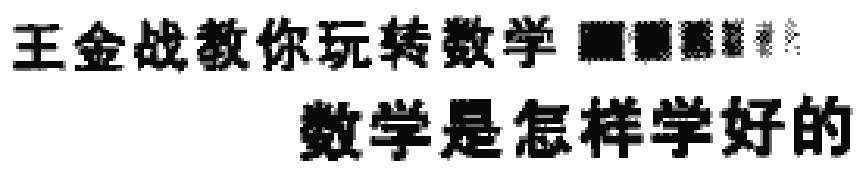
王金战教你玩转数学 数学是怎样学好的